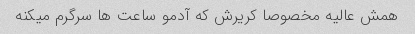
همش عالیه مخصوصا کریرش که آدمو ساعت ها سرگرم میکنه